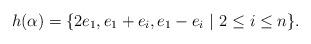
LaTeX: \begin{align*} h(\alpha) = \{2e_1, e_1+e_i, e_1 - e_i \ | \ 2 \leq i \leq n \}.\end{align*}